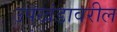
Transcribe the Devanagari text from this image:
उपखंडावरील